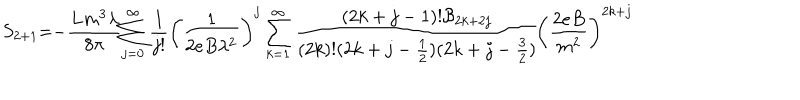
S _ { 2 + 1 } = - \frac { L m ^ { 3 } \lambda } { 8 \pi } \sum _ { j = 0 } ^ { \infty } \frac { 1 } { j ! } \left( \frac { 1 } { 2 e B \lambda ^ { 2 } } \right) ^ { j } \sum _ { k = 1 } ^ { \infty } \frac { ( 2 k + j - 1 ) ! { \cal B } _ { 2 k + 2 j } } { ( 2 k ) ! ( 2 k + j - \frac { 1 } { 2 } ) ( 2 k + j - \frac { 3 } { 2 } ) } \left( \frac { 2 e B } { m ^ { 2 } } \right) ^ { 2 k + j }